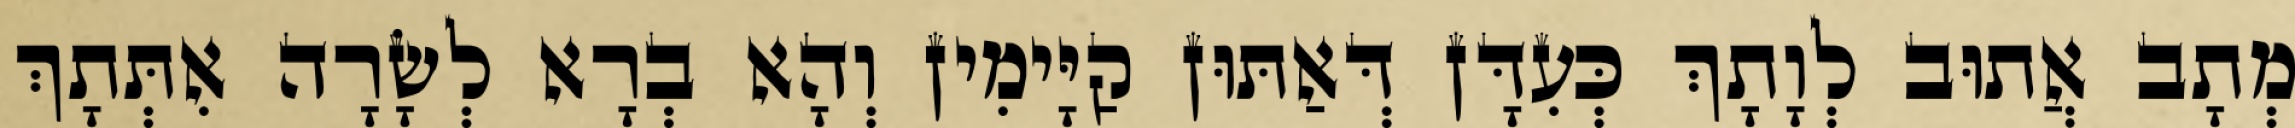
מְתָב אֲתוּב לְוָתָךְ כְּעִדָּן דְּאַתּוּן קַיָּימִין וְהָא בְרָא לְשָׂרָה אִתְּתָךְ